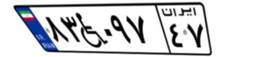
۸۳W۰۹۷۴۷